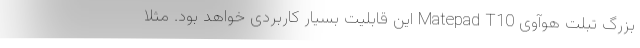
بزرگ تبلت هوآوی Matepad T10 این قابلیت بسیار کاربردی خواهد بود. مثلا